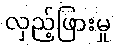
လှည့်ဖြားမှု